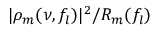
| \rho _ { m } ( \nu , f _ { l } ) | ^ { 2 } / R _ { m } ( f _ { l } )